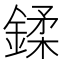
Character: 鍒